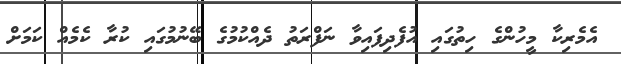
އެމެރިކާ މީހުންގެ ހިތުގައި އުފެދިފައިވާ ނަފްރަތު ދެއްކުމުގެ ބޭނުމުގައި ކުރާ ކެމެއް ކަމަށް